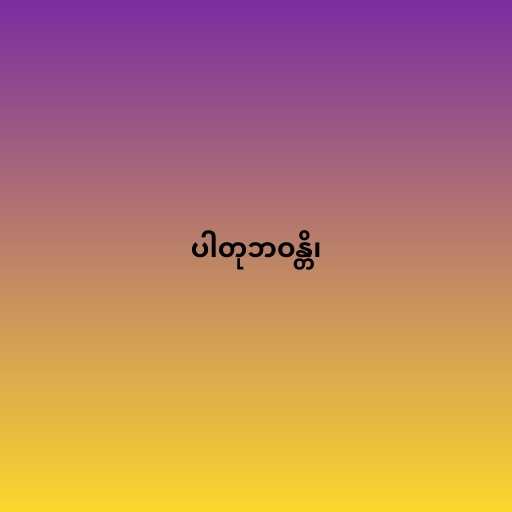
ပါတုဘဝန္တိ၊